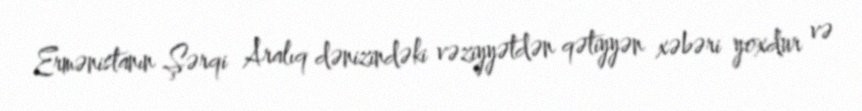
Ermənistanın Şərqi Aralıq dənizindəki vəziyyətdən qətiyyən xəbəri yoxdur və